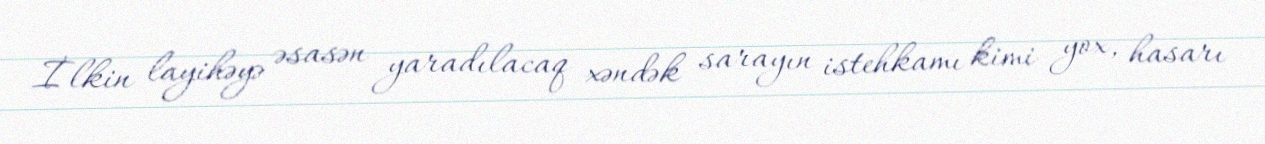
İlkin layihəyə əsasən yaradılacaq xəndək sarayın istehkamı kimi yox, hasarı